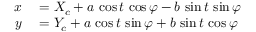
\begin{array} { r l } { x } & { { } = X _ { c } + a \, \cos t \, \cos \varphi - b \, \sin t \, \sin \varphi } \\ { y } & { { } = Y _ { c } + a \, \cos t \, \sin \varphi + b \, \sin t \, \cos \varphi } \end{array}